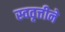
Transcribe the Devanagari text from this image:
स्ववृत्तीने